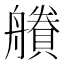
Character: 𧷽